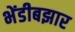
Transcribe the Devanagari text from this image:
भेंडीबझार